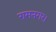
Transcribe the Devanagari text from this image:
रामनगर।